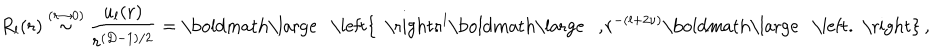
R _ { l } ( r ) \stackrel { ( r \rightarrow 0 ) } { \sim } \frac { u _ { l } ( r ) } { r ^ { ( { D } - 1 ) / 2 } } = \mathrm { \boldmath \large ~ \left\{ ~ \right. ~ } \! \! \! r ^ { l } \mathrm { \boldmath \large ~ , ~ } \! r ^ { - ( l + 2 \nu ) } \mathrm { \boldmath \large ~ \left. ~ \right\} ~ } \! \! \; ,